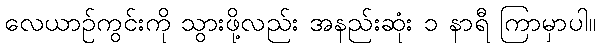
လေယာဉ်ကွင်းကို သွားဖို့လည်း အနည်းဆုံး ၁ နာရီ ကြာမှာပါ။